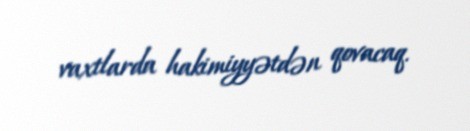
vaxtlarda hakimiyyətdən qovacaq.